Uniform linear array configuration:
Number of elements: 24
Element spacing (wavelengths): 0.25
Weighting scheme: hann
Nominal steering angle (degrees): -15
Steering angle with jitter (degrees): -13.449
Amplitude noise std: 0.05
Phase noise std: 0.05

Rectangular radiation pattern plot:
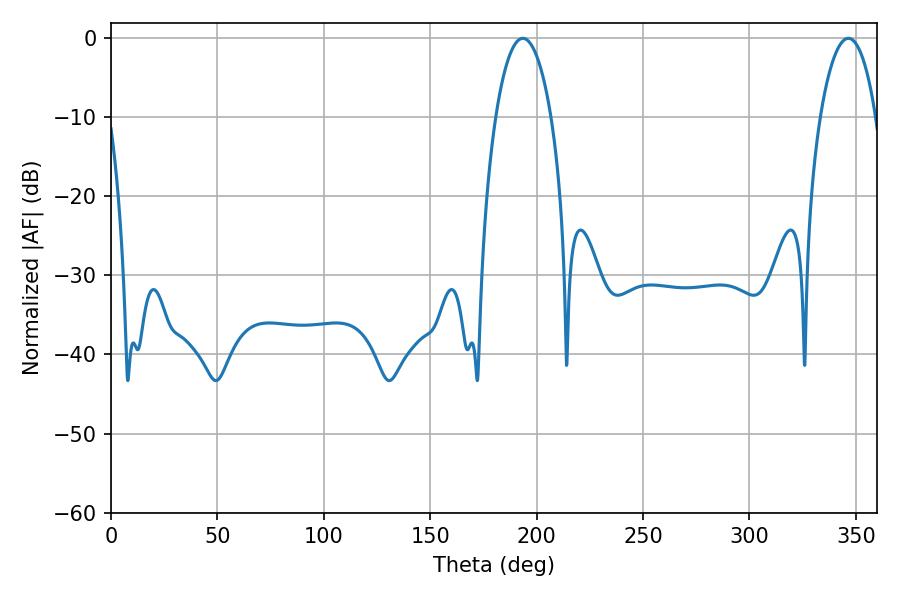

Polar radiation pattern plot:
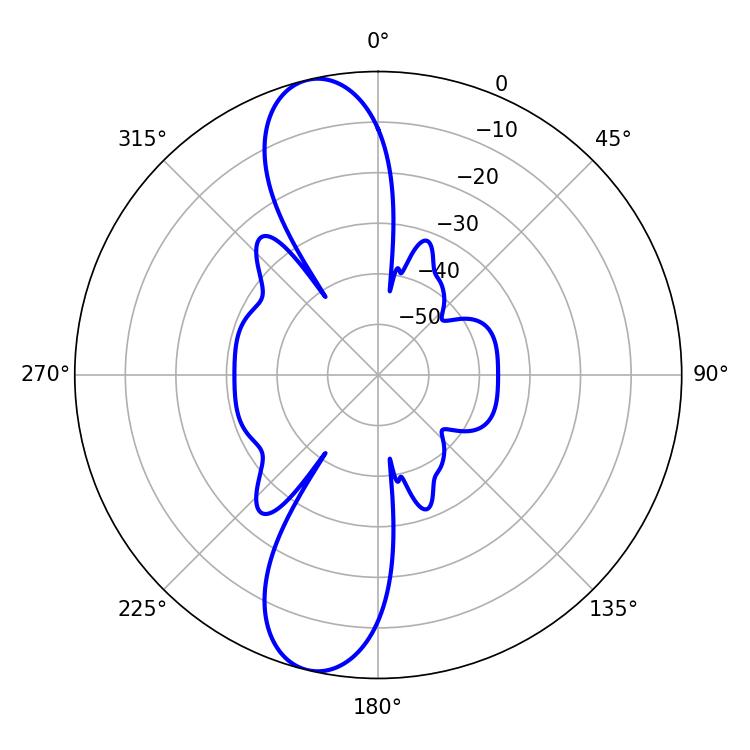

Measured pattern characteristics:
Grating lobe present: FALSE
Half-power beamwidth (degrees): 14.58
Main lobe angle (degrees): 193.5